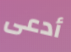
أدعى